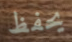
يحفظ